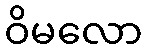
ဝိမလော